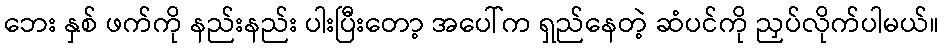
ဘေး နှစ် ဖက်ကို နည်းနည်း ပါးပြီးတော့ အပေါ်က ရှည်နေတဲ့ ဆံပင်ကို ညှပ်လိုက်ပါမယ်။